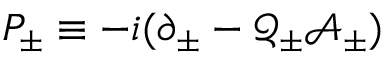
P _ { \pm } \equiv - i ( \partial _ { \pm } - \mathcal { Q } _ { \pm } \mathcal { A } _ { \pm } )